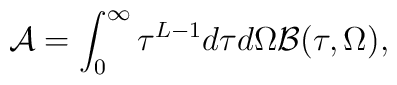
{\cal A}=\int_0^{\infty}\tau  ^{L-1}d\tau d\Omega {\cal B}(\tau ,\Omega ),